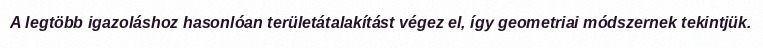
A legtöbb igazoláshoz hasonlóan területátalakítást végez el, így geometriai módszernek tekintjük.